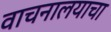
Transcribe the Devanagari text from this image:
वाचनालयाचा